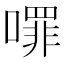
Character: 𭋈